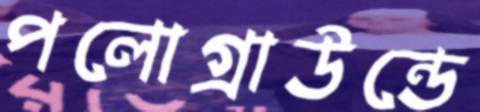
পলোগ্রাউন্ডে